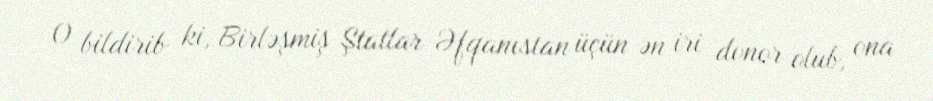
O bildirib ki, Birləşmiş Ştatlar Əfqanıstan üçün ən iri donor olub, ona